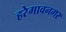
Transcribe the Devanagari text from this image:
हरेगावनगर